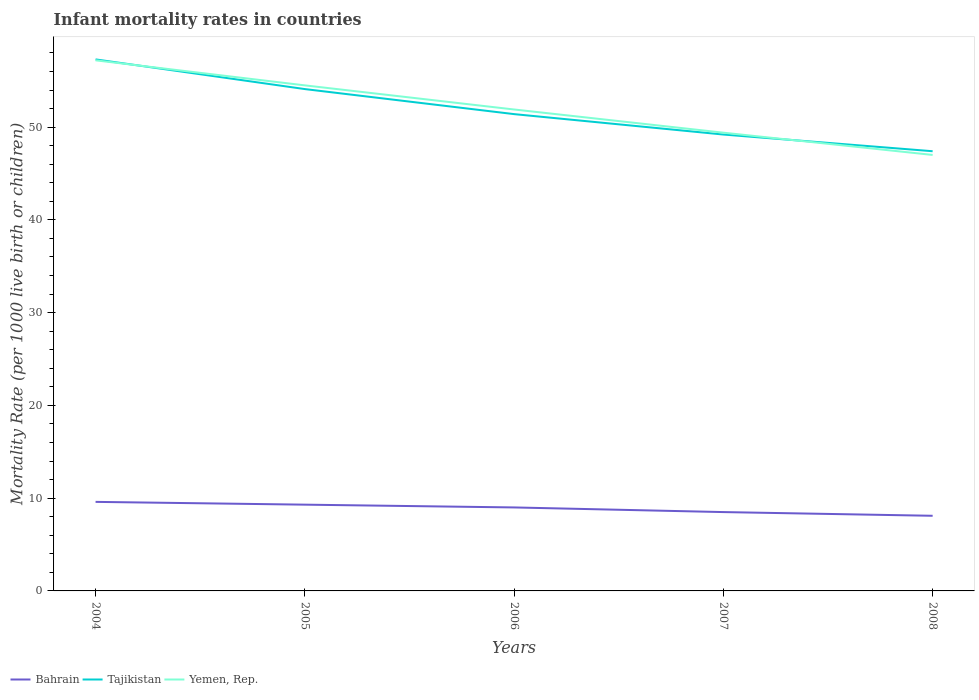
| Years | Bahrain | Tajikistan | Yemen, Rep. |
 | --- | --- | --- | --- |
 | 2004 | 9.6 | 57.3 | 57.2 |
 | 2005 | 9.3 | 54.1 | 54.5 |
 | 2006 | 9 | 51.4 | 51.9 |
 | 2007 | 8.5 | 49.2 | 49.4 |
 | 2008 | 8.1 | 47.4 | 47 |